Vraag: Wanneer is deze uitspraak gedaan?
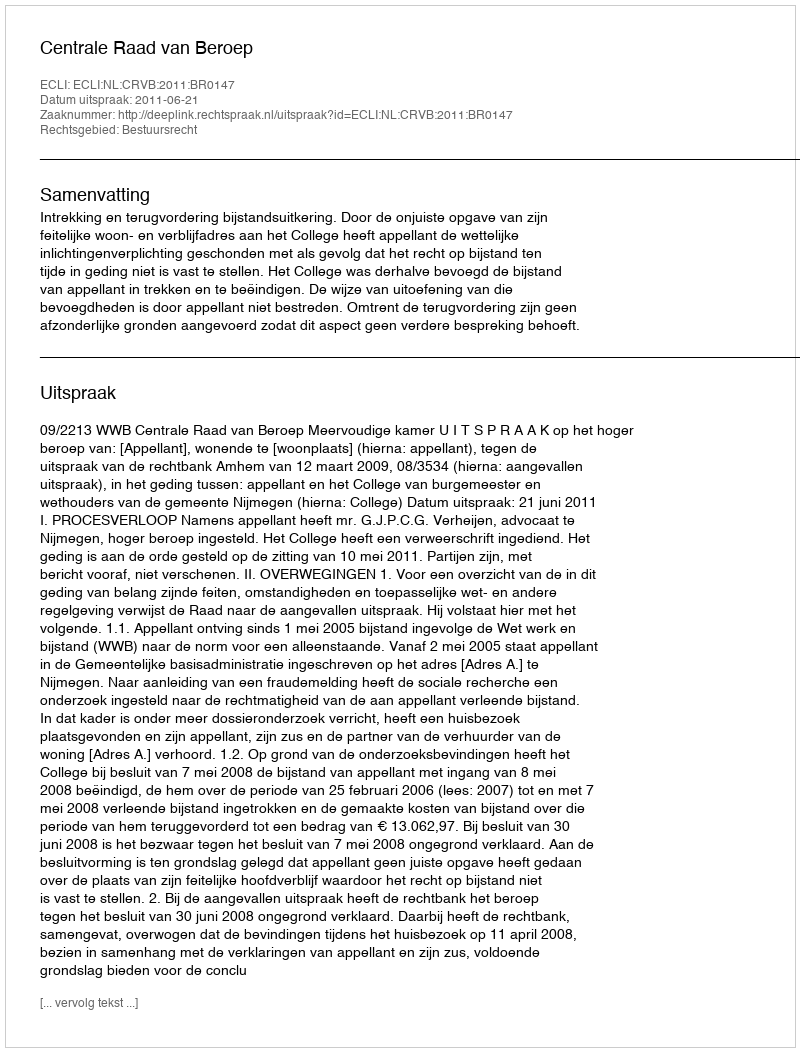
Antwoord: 2011-06-21